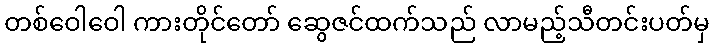
တစ်ဝေါဝေါ ကားတိုင်တော် ဆွေဇင်ထက်သည် လာမည့်သီတင်းပတ်မှ